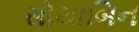
સોયાબિન